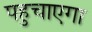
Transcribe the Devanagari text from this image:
पहुचाएगा